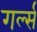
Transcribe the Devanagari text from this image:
गर्ल्‍स